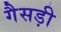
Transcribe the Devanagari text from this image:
गैसड़ी